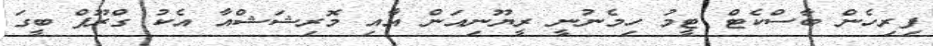
ފިރިހެން ބާސްކެޓް ޓީމު ހިމެނުނީ ރީޔޫނިއަން އާއި މޮރިޝަޝްއާ އެކު ގްރޫޕް ބީގަ